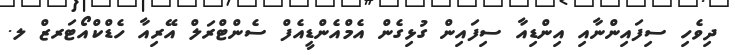
ދިވެހި ސިފައިންނާއި އިންޑިއާ ސިފައިން ގުޅިގެން އެމްއެންޑީއެފް ސެންޓްރަލް އޭރިއާ ހެޑްކްއޯޓަރޒް ލ.